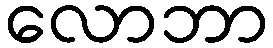
လောဘာ